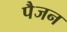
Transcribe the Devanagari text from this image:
पैजन